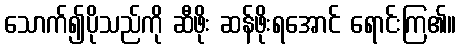
သောက်၍ပိုသည်ကို ဆီဖိုး ဆန်ဖိုးရအောင် ရောင်းကြ၏။